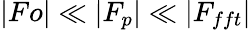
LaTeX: |Fo|\ll|F_{p}|\ll|F_{fft}|